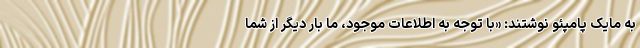
به مایک پامپئو نوشتند: «با توجه به اطلاعات موجود، ما بار دیگر از شما